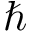
\hbar